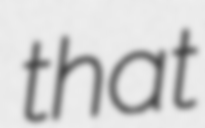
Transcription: that